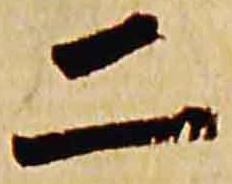
二